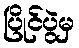
ပြိုင်ပွဲမှ